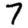
Digit: 7